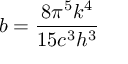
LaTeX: b = { \frac { 8 \pi ^ { 5 } k ^ { 4 } } { 1 5 c ^ { 3 } h ^ { 3 } } }